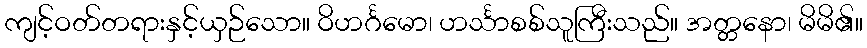
ကျင့်ဝတ်တရားနှင့်ယှဉ်သော။ ဝိဟင်္ဂမော၊ ဟင်္သာစစ်သူကြီးသည်။ အတ္တနော၊ မိမိ၏။